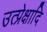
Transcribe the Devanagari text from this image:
उत्प्रेक्षादि